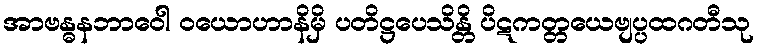
အာဗန္ဓနဘာဝေါ ဝယောဟာနိမှိ ပတိဋ္ဌပေသိန္တိ ပိဋကတ္တယေဗျပ္ပထဂတီသု